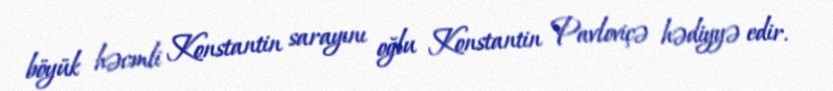
böyük həcmli Konstantin sarayını oğlu Konstantin Pavloviçə hədiyyə edir.